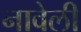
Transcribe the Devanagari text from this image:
नावेली